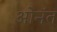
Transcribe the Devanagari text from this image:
ओनंत